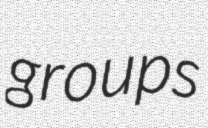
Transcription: groups